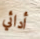
أدائي